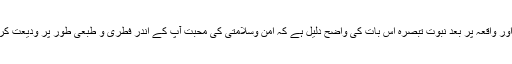
مذکورہ واقعہ اور واقعہ پر بعد نبوت تبصرہ اس بات کی واضح دلیل ہے کہ امن وسلامتی کی محبت آپ کے اندر فطری و طبعی طور پر ودیعت کر دی گئی تھی۔